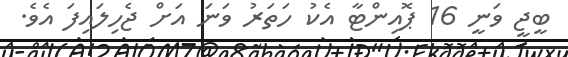
ބީޖީ ވަނީ 16 ޕޮއިންޓާ އެކު ހަތަރު ވަނަ އަށް ޖެހިލައިފަ އެވެ.